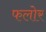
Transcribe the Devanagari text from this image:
फलोर